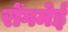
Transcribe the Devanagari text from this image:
रोंगमेई